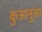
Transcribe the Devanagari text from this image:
कुआनुआ